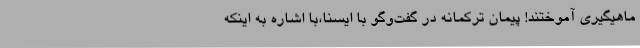
ماهیگیری آموختند! پیمان ترکمانه در گفت‌وگو با ایسنا،با اشاره به اینکه